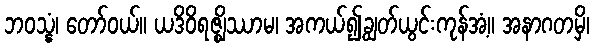
ဘဝသ္နံ၊ တော်ဝယ်။ ယဒိဝိရဇ္ဈိဿာမ၊ အကယ်၍ချွတ်ယွင်းကုန်အံ့။ အနာဂတမှိ၊